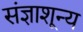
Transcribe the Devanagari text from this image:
संज्ञाशून्य